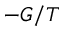
- G / T